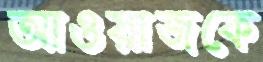
আওয়াজকে